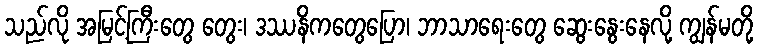
သည်လို အမြင့်ကြီးတွေ တွေး၊ ဒဿနိကတွေပြော၊ ဘာသာရေးတွေ ဆွေးနွေးနေလို့ ကျွန်မတို့